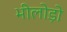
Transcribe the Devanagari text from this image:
भीलोड़ो